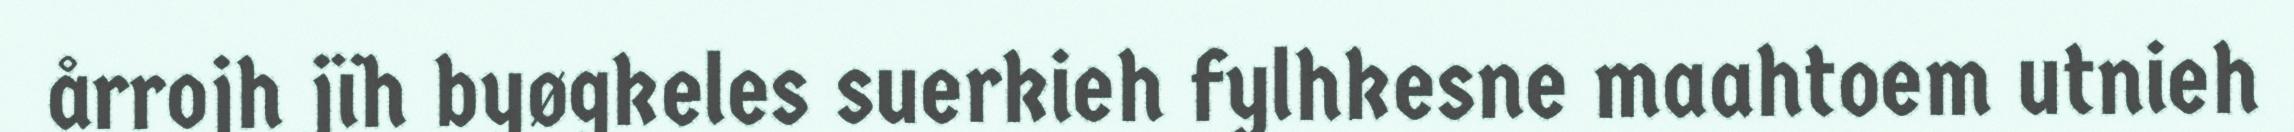
årrojh jïh byøgkeles suerkieh fylhkesne maahtoem utnieh